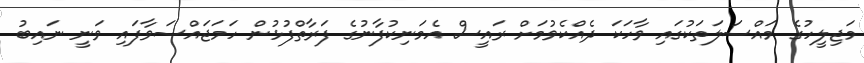
މަޖިލީހުގެ މައްސަލަތަކުގައި ވާހަކަ ދެއްކެވުމަށް ރައީސް އެމަނިކުފާނުގެ ފަރާތްފުޅުން ހަމަޖައްސަވާފައި ވަނީ ނައިބު